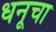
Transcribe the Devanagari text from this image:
धनूचा